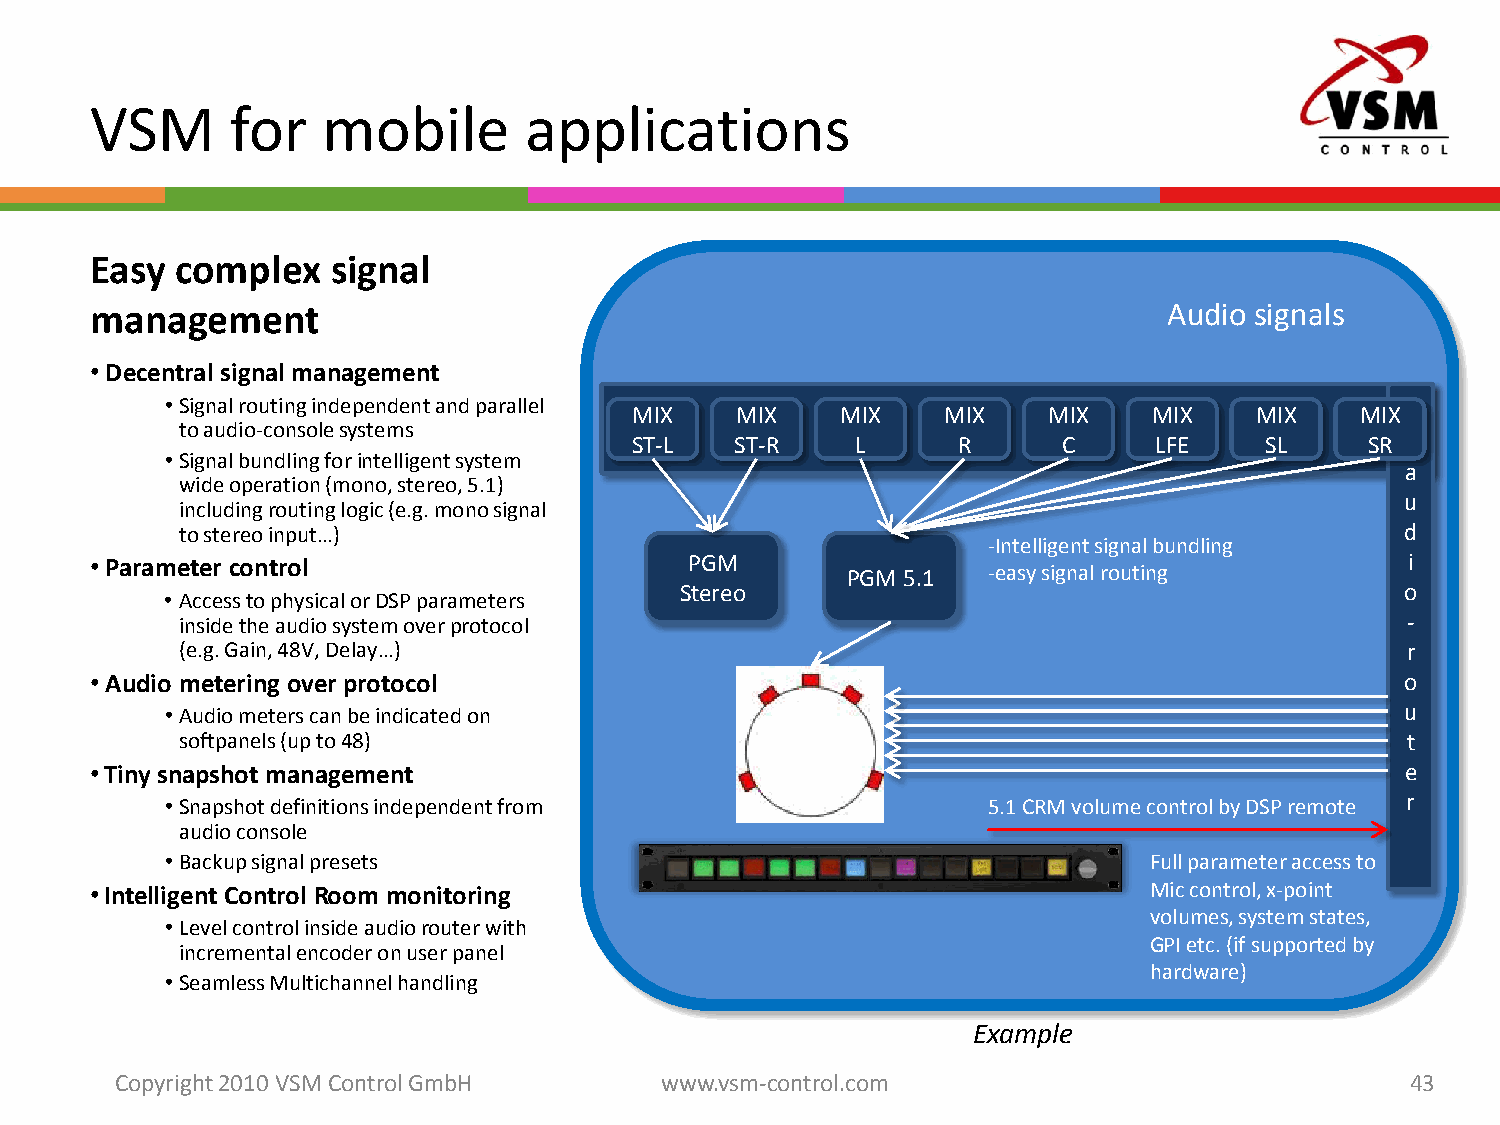
VSM      for   mobile        applications
 Easy  complex   signal
 management                                                             Audio signals
 •Decentral signal management
 •Signal routingindependentandparallel
 MIX    MIX    MIX    MIX   MIX    MIX    MIX    MIX
 toaudio-consolesystems
 ST-L   ST-R    L     R      C     LFE     SL     SR
 •Signal bundlingforintelligent system
 a
 wideoperation(mono, stereo, 5.1)
 u
 includingroutinglogic(e.g. mono signal
 tostereoinput…)                                                                  d
 -Intelligent signalbundling
 •Parameter control                      PGM                                            i
 PGM 5.1  -easy signalrouting
 Stereo                                          o
 • Access tophysicalorDSP parameters
 insidetheaudiosystemoverprotocol                                                 -
 (e.g. Gain, 48V, Delay…)                                                         r
 •Audio metering over protocol                                                          o
 •Audio meterscanbeindicatedon                                                     u
 softpanels(upto48)                                                               t
 •Tiny snapshot management                                                              e
 •Snapshot definitionsindependentfrom                  5.1 CRM volumecontrolbyDSP remote r
 audioconsole
 •Backup signalpresets                                            Fullparameteraccessto
 •Intelligent Control Room monitoring                                  Miccontrol, x-point
 volumes, systemstates,
 •Level controlinsideaudiorouterwith
 GPI etc. (ifsupportedby
 incrementalencoderon userpanel
 hardware)
 •SeamlessMultichannel handling
 Example
 Copyright 2010 VSM ControlGmbH      www.vsm-control.com                              43